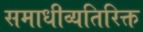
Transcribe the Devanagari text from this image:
समाधीव्यतिरिक्त